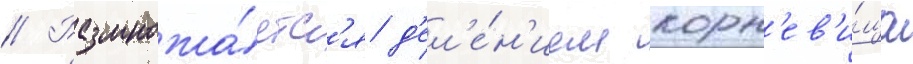
// Размножа́етс'я д'ел'е́н'ием корн'ев'и́ща